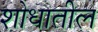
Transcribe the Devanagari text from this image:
शोधातील